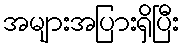
အများအပြားရှိပြီး